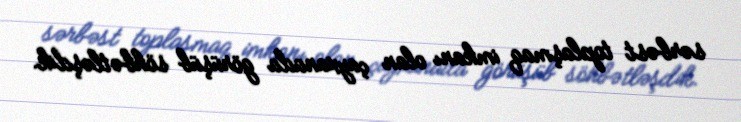
sərbəst toplaşmaq imkanı olan çayxanada görüşüb söhbətləşdik.